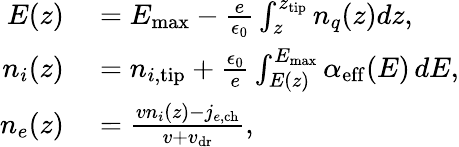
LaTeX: \begin{array}{rl}{E(z)}&{{}=E_{\mathrm{max}}-\frac e{\epsilon_{0}}\int_{z}^{z_{\mathrm{tip}}}n_{q}(z)dz,}\\ {n_{i}(z)}&{{}=n_{i,\mathrm{tip}}+\frac{\epsilon_{0}}{e}\int_{E(z)}^{E_{\mathrm{max}}}\alpha_{\mathrm{eff}}(E)\, dE,}\\ {n_{e}(z)}&{{}=\frac{vn_{i}(z)-j_{e,\mathrm{ch}}}{v+v_{\mathrm{dr}}},}\end{array}